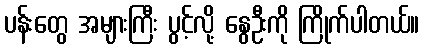
ပန်းတွေ အများကြီး ပွင့်လို့ နွေဦးကို ကြိုက်ပါတယ်။